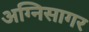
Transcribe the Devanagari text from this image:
अग्निसागर